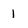
Character: 1